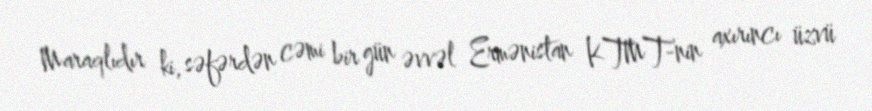
Maraqlıdır ki, səfərdən cəmi bir gün əvvəl Ermənistan KTMT-nin axırıncı üzvü